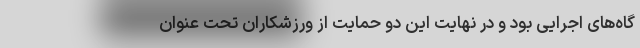
گاه‌های اجرایی بود و در نهایت این دو حمایت از ورزشکاران تحت عنوان